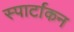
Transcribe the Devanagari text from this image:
स्पार्टाकन